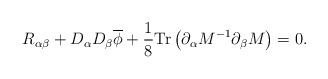
\begin{align*}R_{\alpha \beta} +D_\alpha D_\beta \overline{\phi}+ \frac{1}{8}\mathrm{Tr}\left(\partial_\alpha M^{-1}\partial_\beta M\right)=0. \end{align*}